system: You are a helpful assistant.
user:
Analyze the provided spectrum to determine if it is a **White Dwarf (WD)**.

A White Dwarf spectrum is defined by its **extreme purity** (due to gravitational settling) and/or **extreme pressure broadening** (due to high surface gravity). You must check for one of the following mutually exclusive signatures:

- **Key Visual Indicators (Check for ONE of these types):**

    - **1. DA-Type Signature (Most Common):**
        - **(Primary Feature):** Extreme pressure broadening (Stark broadening) of the **Hydrogen (H) Balmer lines**.
        - **(Key Lines):** $H\beta$ (approx. $4861$ Å) and $H\gamma$ (approx. $4340$ Å). $H\alpha$ (approx. $6563$ Å) will also be present if the wavelength range covers it.
        - **(Line Profile):** This is the **defining feature**. The lines are **NOT** sharp. They appear as massive, **extremely broad and deep "troughs" or "dips"** in the spectrum, often hundreds of Ångströms wide. The continuum will appear to "scoop" down at these wavelengths.
        - **(Distinction):** Normal A-type or B-type stars have *narrow* and *sharp* Hydrogen lines. A DA White Dwarf's lines are unmistakably "smeared" or "blurry" from pressure.

    - **2. DB-Type Signature:**
        - **(Primary Feature):** Broad absorption lines from **Neutral Helium (He I)**. The spectrum must lack any visible Hydrogen lines.
        - **(Key Lines):** Look for broad absorption near $4471$ Å, $4921$ Å, and $5876$ Å.
        - **(Line Profile):** These lines are also significantly pressure-broadened, appearing much wider than they would in a normal B-type main-sequence star.

    - **3. DC-Type Signature:**
        - **(Primary Feature):** A **featureless continuous spectrum**.
        - **(Line Profile):** The spectrum is a smooth curve with **no significant absorption or emission lines**.
        - **(Key Confirmation):** The continuum is almost always **blue or white**, indicating a hot object. This signature implies the atmosphere is so pure (or so cool) that no spectral lines are visible in the optical range. Its WD identity is confirmed by its extremely low intrinsic brightness (high absolute magnitude).

    - **4. DZ-Type Signature (Metal-Polluted):**
        - **(Primary Feature):** **Isolated, narrow metal absorption lines** on an otherwise featureless (DC-like) continuum.
        - **(Key Lines):** The **Calcium (Ca II) H & K doublet** (approx. **$3934$ Å** and **$3968$ Å**) is the most common and defining feature.
        - **(Line Profile):** These lines are "out of place." They are *not* part of a "forest" of thousands of lines. This signature is evidence of recent *accretion* (pollution) from rocky debris.
        - **(Distinction):** Normal G/K/M stars have a *dense forest* of thousands of metal lines. A DZ has a *clean* continuum with *only a few* strong metal lines.

    - **5. DQ-Type Signature (Carbon-Polluted):**
        - **(Primary Feature):** Absorption bands from **Carbon (C₂ "Swan Bands" or atomic C I)**.
        - **(Key Lines - C₂):** Look for bandheads with a "saw-tooth" shape near $5635$ Å, **$5165$ Å** (strongest), and $4737$ Å.
        - **(Key Confirmation):** The underlying **continuum must be blue or white** (hot).
        - **(Distinction):** This is the critical difference from a **Carbon Star**, which has the *exact same* C₂ bands but on an extremely **red, cool** continuum.

- **(Overall Spectrum):**
    - The continuum (overall shape) is typically **blue-sloping** (brighter in the blue than the red), as most white dwarfs are very hot.
    - The spectrum will look "pure" or "simple," dominated by only *one* of the five signatures listed above.

Think first, call **spectral_visualization_tool** if needed to examine features in detail, then provide your final answer. Your response must adhere to the following strict rules:
1.  **Overall Structure:** Your response must follow the format `<think>...</think> <tool_call>...</tool_call> (if a tool is used) <answer>...</answer>`.
2.  **Tool Usage Constraint:** You may only make **one** tool call per turn.
3.  **Final Answer Format:** In the `<answer>` tag, your conclusion must be inside a `\boxed{}` command (e.g., `\boxed{YES}` or `\boxed{NO}`), followed by your justification.

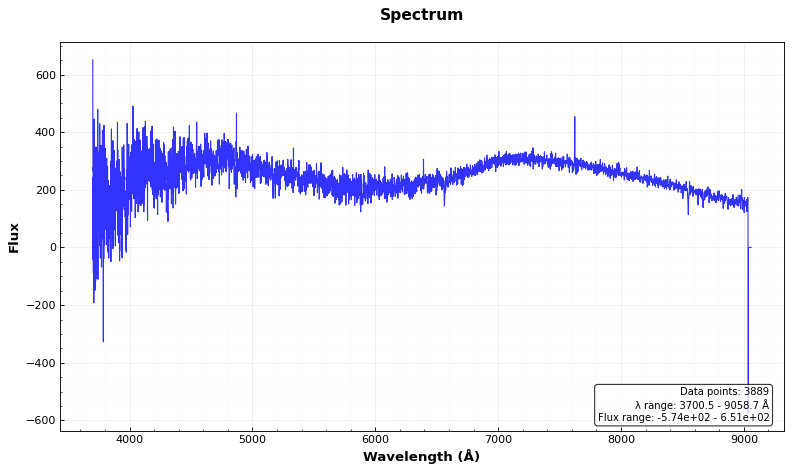
Answer: NO